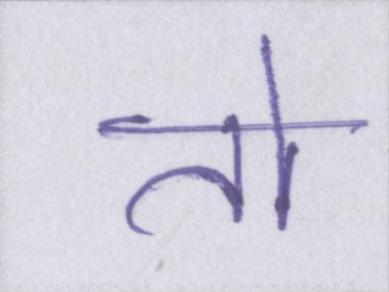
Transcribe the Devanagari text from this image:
तो